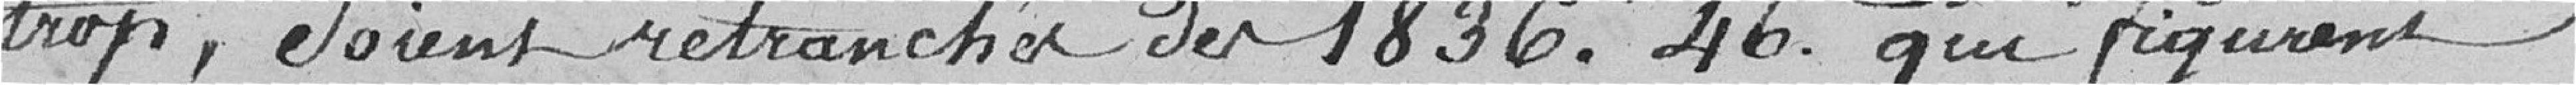
trop, soient retranchés des 1.836 francs 46 centimes qui figurent